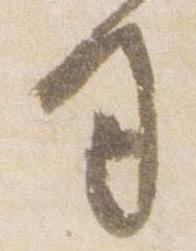
司